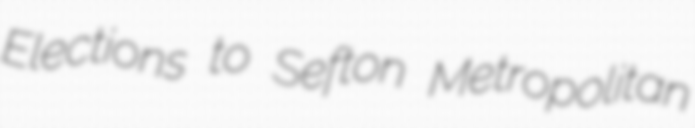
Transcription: Elections to Sefton Metropolitan